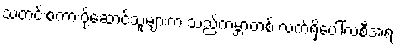
သတင်းစကားပို့ဆောင်သူများက သည်ကမ္ဘာတစ် လက်ရှိပေါ်လစီအရ